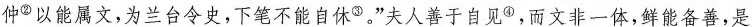
仲^{②}以能属文，为兰台令史，下笔不能自休③。”夫人善于自见^{④}，而文非一体，鲜能备善，\underline{是}